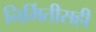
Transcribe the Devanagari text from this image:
निर्मितीसही